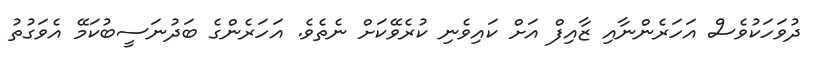
ދުވަހަކުވެސް އަހަރެންނާއި ޒާއިފް އަށް ކައިވެނި ކުރެވޭކަށް ނެތެވެ. އަހަރެންގެ ބަދުނަސީބުކަމޭ އެވަގުތު